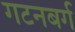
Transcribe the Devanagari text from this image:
गटनबर्ग